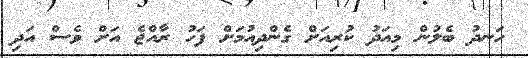
ހަނދު ބެލުން މިއަދު ކުރިއަށް ގެންދިއުމަށް ފަހު ރާއްޖެ އަށް ވެސް އަދި